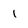
Character: 1